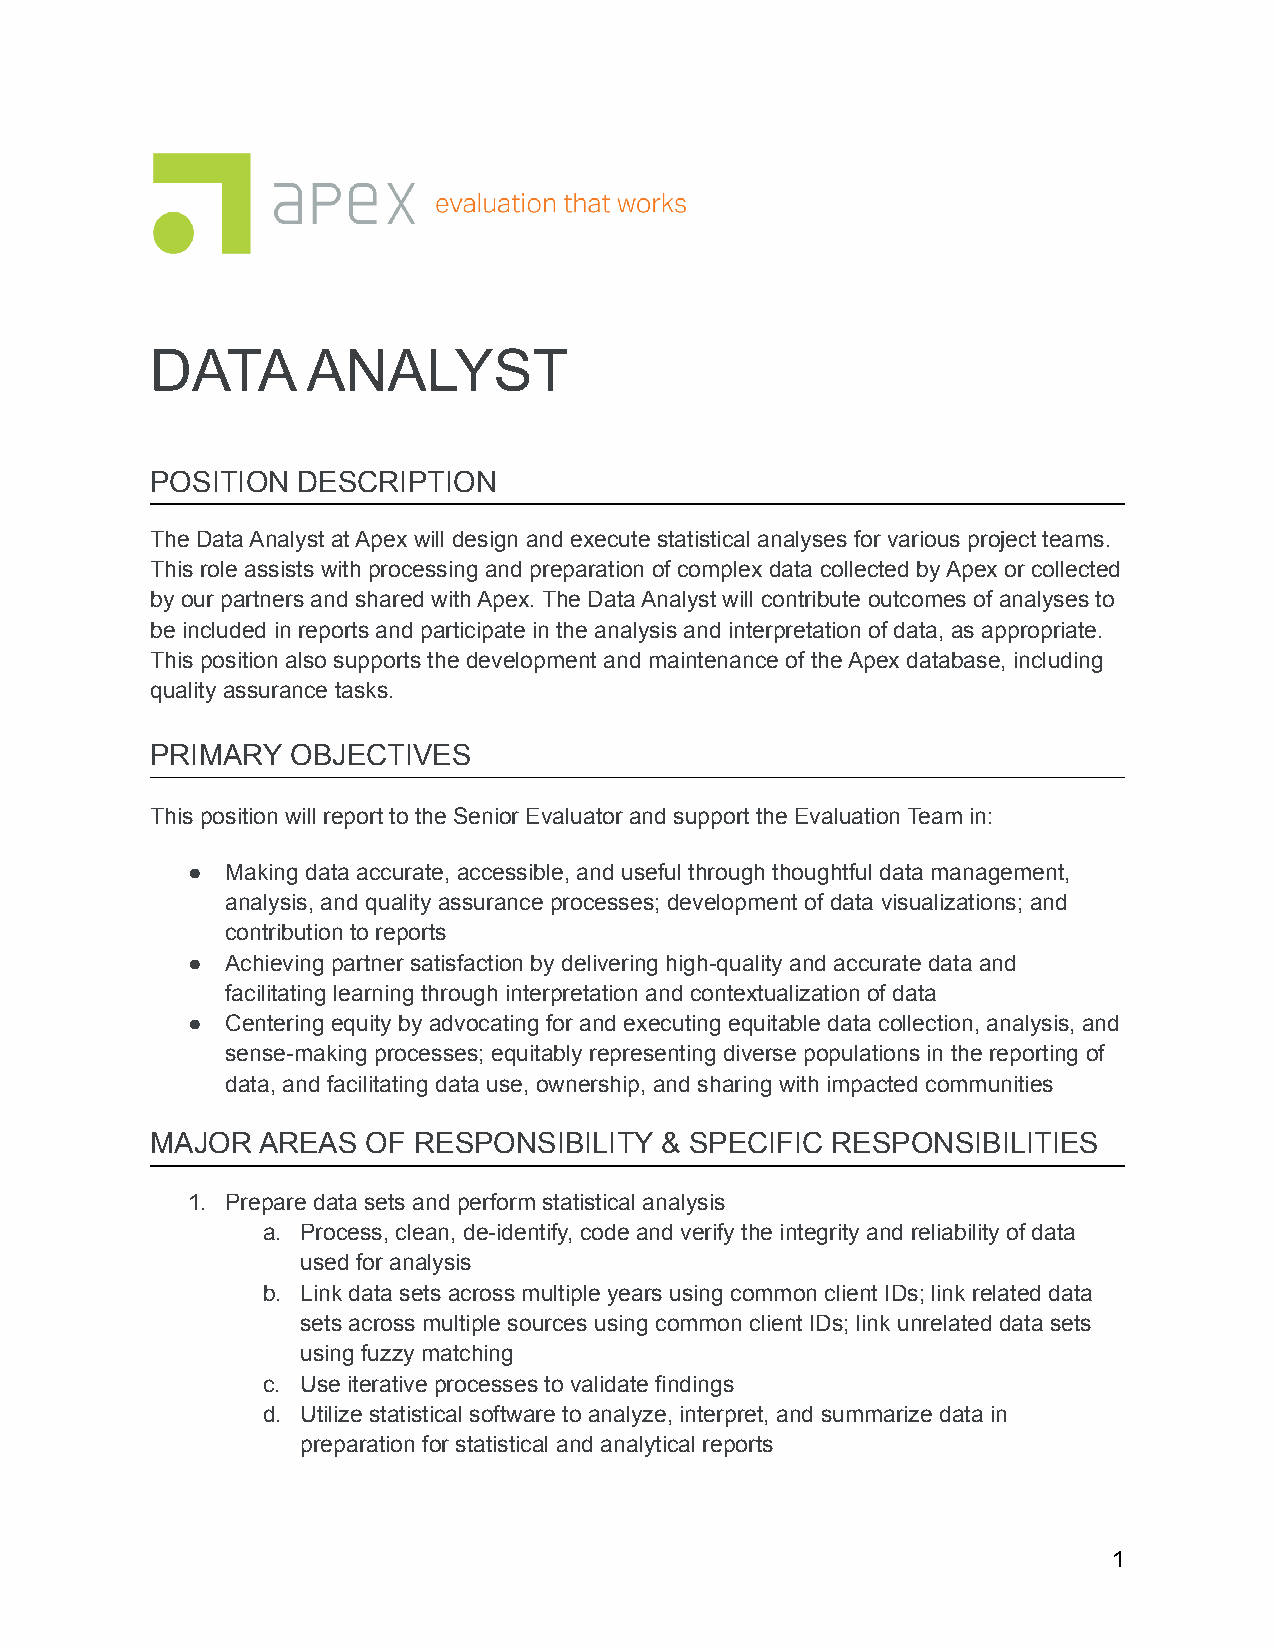
DATA      ANALYST
 POSITION  DESCRIPTION
 The Data Analyst at Apex will design and execute statistical analyses for various project teams.
 This role assists with processing and preparation of complex data collected by Apex or collected
 by our partners and shared with Apex. The Data Analyst will contribute outcomes of analyses to
 be included in reports and participate in the analysis and interpretation of data, as appropriate.
 This position also supports the development and maintenance of the Apex database, including
 quality assurance tasks.
 PRIMARY  OBJECTIVES
 This position will report to the Senior Evaluator and support the Evaluation Team in:
 ●  Making data accurate, accessible, and useful through thoughtful data management,
 analysis, and quality assurance processes; development of data visualizations; and
 contribution to reports
 ●  Achieving partner satisfaction by delivering high-quality and accurate data and
 facilitating learning through interpretation and contextualization of data
 ●  Centering equity by advocating for and executing equitable data collection, analysis, and
 sense-making processes; equitably representing diverse populations in the reporting of
 data, and facilitating data use, ownership, and sharing with impacted communities
 MAJOR  AREAS  OF RESPONSIBILITY   & SPECIFIC RESPONSIBILITIES
 1. Prepare data sets and perform statistical analysis
 a. Process, clean, de-identify, code and verify the integrity and reliability of data
 used for analysis
 b. Link data sets across multiple years using common client IDs; link related data
 sets across multiple sources using common client IDs; link unrelated data sets
 using fuzzy matching
 c. Use iterative processes to validate findings
 d. Utilize statistical software to analyze, interpret, and summarize data in
 preparation for statistical and analytical reports
 1